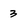
Character: 3